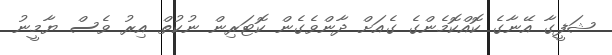
ޝަފީގާ އޭނާގެ ކޮއްކޮމެންގެ ގެއަށް ދާންވެގެން ކޮޓަރިން ނުކުތް އިރު ވެސް ޔާމީނު